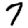
Digit: 7